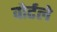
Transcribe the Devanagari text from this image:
वोर्टले